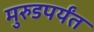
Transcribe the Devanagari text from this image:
मुरुडपर्यंत